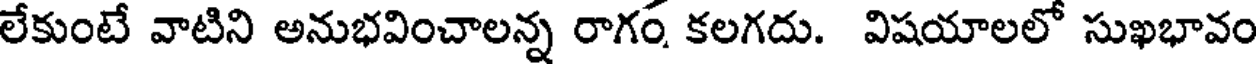
లేకుంటే వాటిని అనుభవించాలన్న రాగం కలగదు. విషయాలలో సుఖభావం